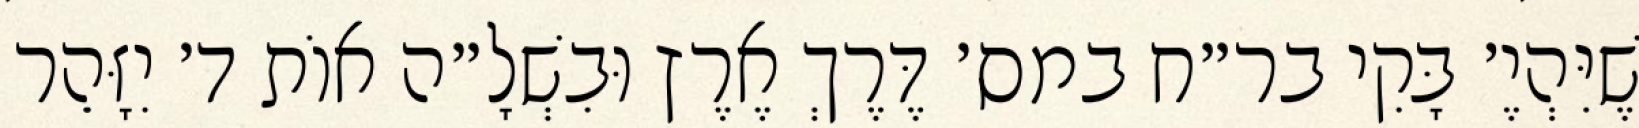
שֶׁיִּהְיֶ׳ בָּקִי בר״ח במס׳ דֶּרֶךְ אֶרֶץ וּבִשְׁלָ״ה אוֹת ד׳ יִזָּהֵר